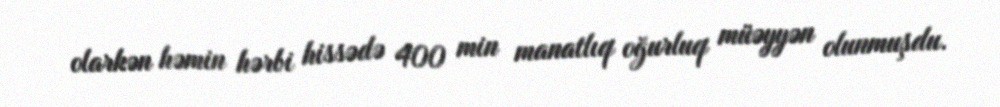
olarkən həmin hərbi hissədə 400 min manatlıq oğurluq müəyyən olunmuşdu.